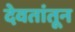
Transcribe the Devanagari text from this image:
देवतांतून